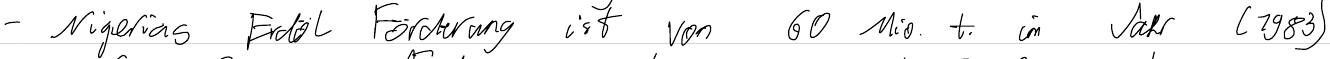
- Nigerias Erdöl Förderung ist von 60 Mio. t. im Jahr (1983)